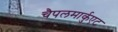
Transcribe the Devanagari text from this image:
चैपलमार्कुएट